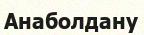
Анаболдану